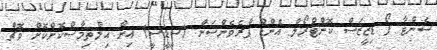
ސެންޓާ ފޯ ޑިޒީޒަސް ކޮންޓްރޯލް އެންޑް ޕްރެވެންސަން (ސީޑީސީ) އިން އިލްތިމާސްކޮށްކޮށް ވޮޗް